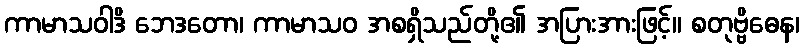
ကာမာသဝါဒိ ဘေဒတော၊ ကာမာသဝ အစရှိသည်တို့၏ အပြားအားဖြင့်။ စတုဗ္ဗိဓေန၊